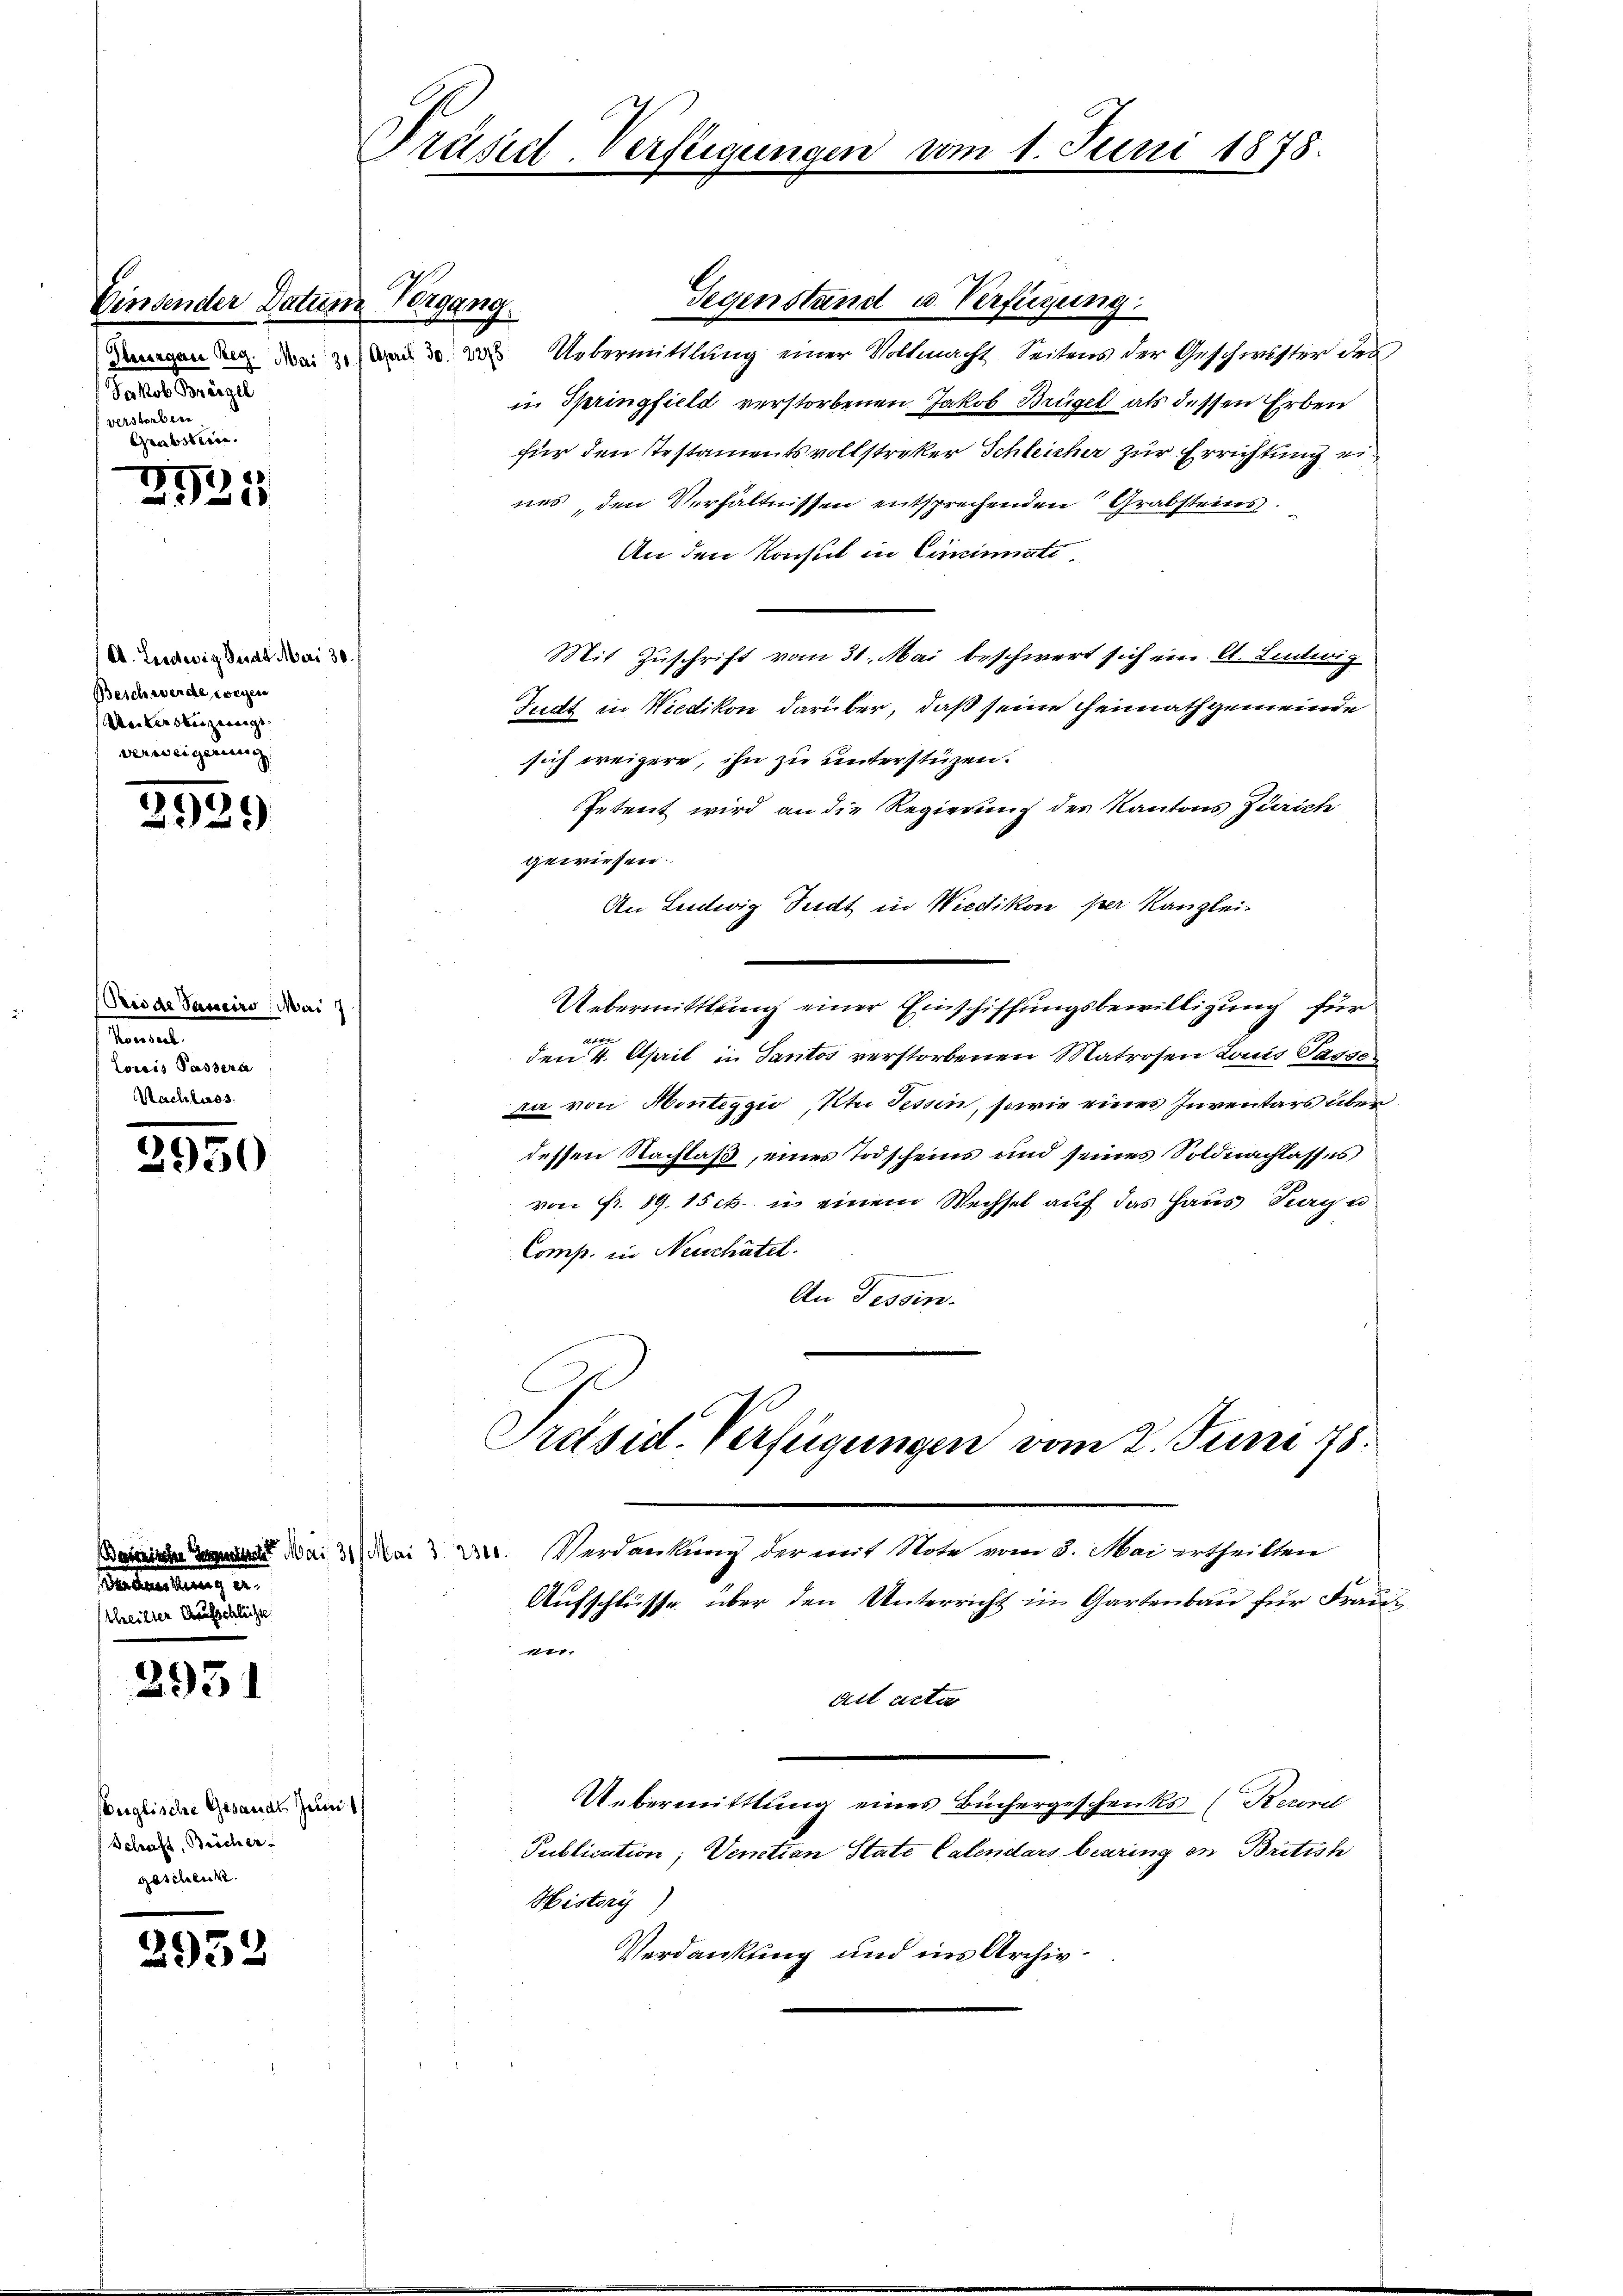
Einsender Datum Vorgang.
Jakob Bereigel
verstorbere
e

(Kreilter

2925

A. Ludwig Sadt Mari 30.
Beschwerde wegen
An werden zweige
verweigerung

3939

Beide Saneiro Mai
Korssach
Loecis Passera
Nachlass

3950

2951

2932

.

nglische Gesandt zum 1.
(Schraft, Bröcher
geschenk.

rtreten Mai 31. Mai
a
chliche

Präsid-Verftigungen

Gegenstand u. Verfügung:
denen den dem und das Uebermittlung einer Vollmacht Seitens der Geschwister des
in Springfield verstorbenen Jakob Brügel als dessen Erben
für den Testamentsvollstreker Schleicher zur Errichtung eines, den Verhältnissen entsprechenden Grabsteins.
An den Konsul in Cincinati
Mit Zuschrift vom 31. Mai beschwert sich ein kl. Ludwig
Sudt in Wiedikon darüber, daß seine Heimathgemeinde
sich weigere, ihn zu unterstüzen.
Petent wird an die Regierung des Kantons Zürich
gewiesen.
An Ludwig Sedt in Wiedikon per Kanzlei-
Uebermittlung einer Einschiffungsbewilligung für
24
den 4. April in Tantos verstorbenen Matrosen Louis Tasse
ra von Monteggio, Kt. Tessin, sowie eines Inventars über
dessen Nachlaß, eines Todscheins und seines Soldnachlasses
von Fr. 89. 15 ct. u einem Wechsel auf das Haus Tag u
Comp. in Neuchâtel.
An Tessin.
Präsid. Verfügungen vom 2. Juni 18.
Verdankung der mit Note vom 3. Mai ertheilten
Aufschlüsse, über den Unterricht im Gartenbau für Frau¬
111.
ait acti
Uebermittlung eines Büchergeschenks (Recorel
Publication; Venetian State Calendars bearing in British
Historis
Verdankung und ins Archiv¬

m 1. Juni 1878.